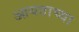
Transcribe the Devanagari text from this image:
आयताच्या